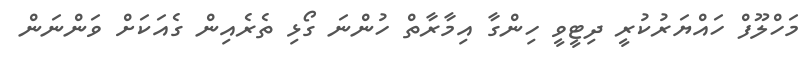
މަހްލޫފް ހައްޔަރުކުރީ ދިޓީވީ ހިންގާ އިމާރާތް ހުންނަ ގޯޅި ތެރެއިން ގެއަކަށް ވަންނަން